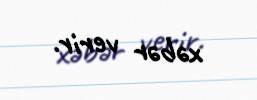
xəbər verir.